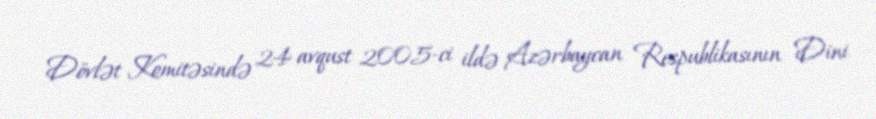
Dövlət Komitəsində 24 avqust 2005-ci ildə Azərbaycan Respublikasının Dini